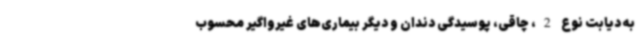
به دیابت نوع 2، چاقی، پوسیدگی دندان و دیگر بیماری‌های غیرواگیر محسوب